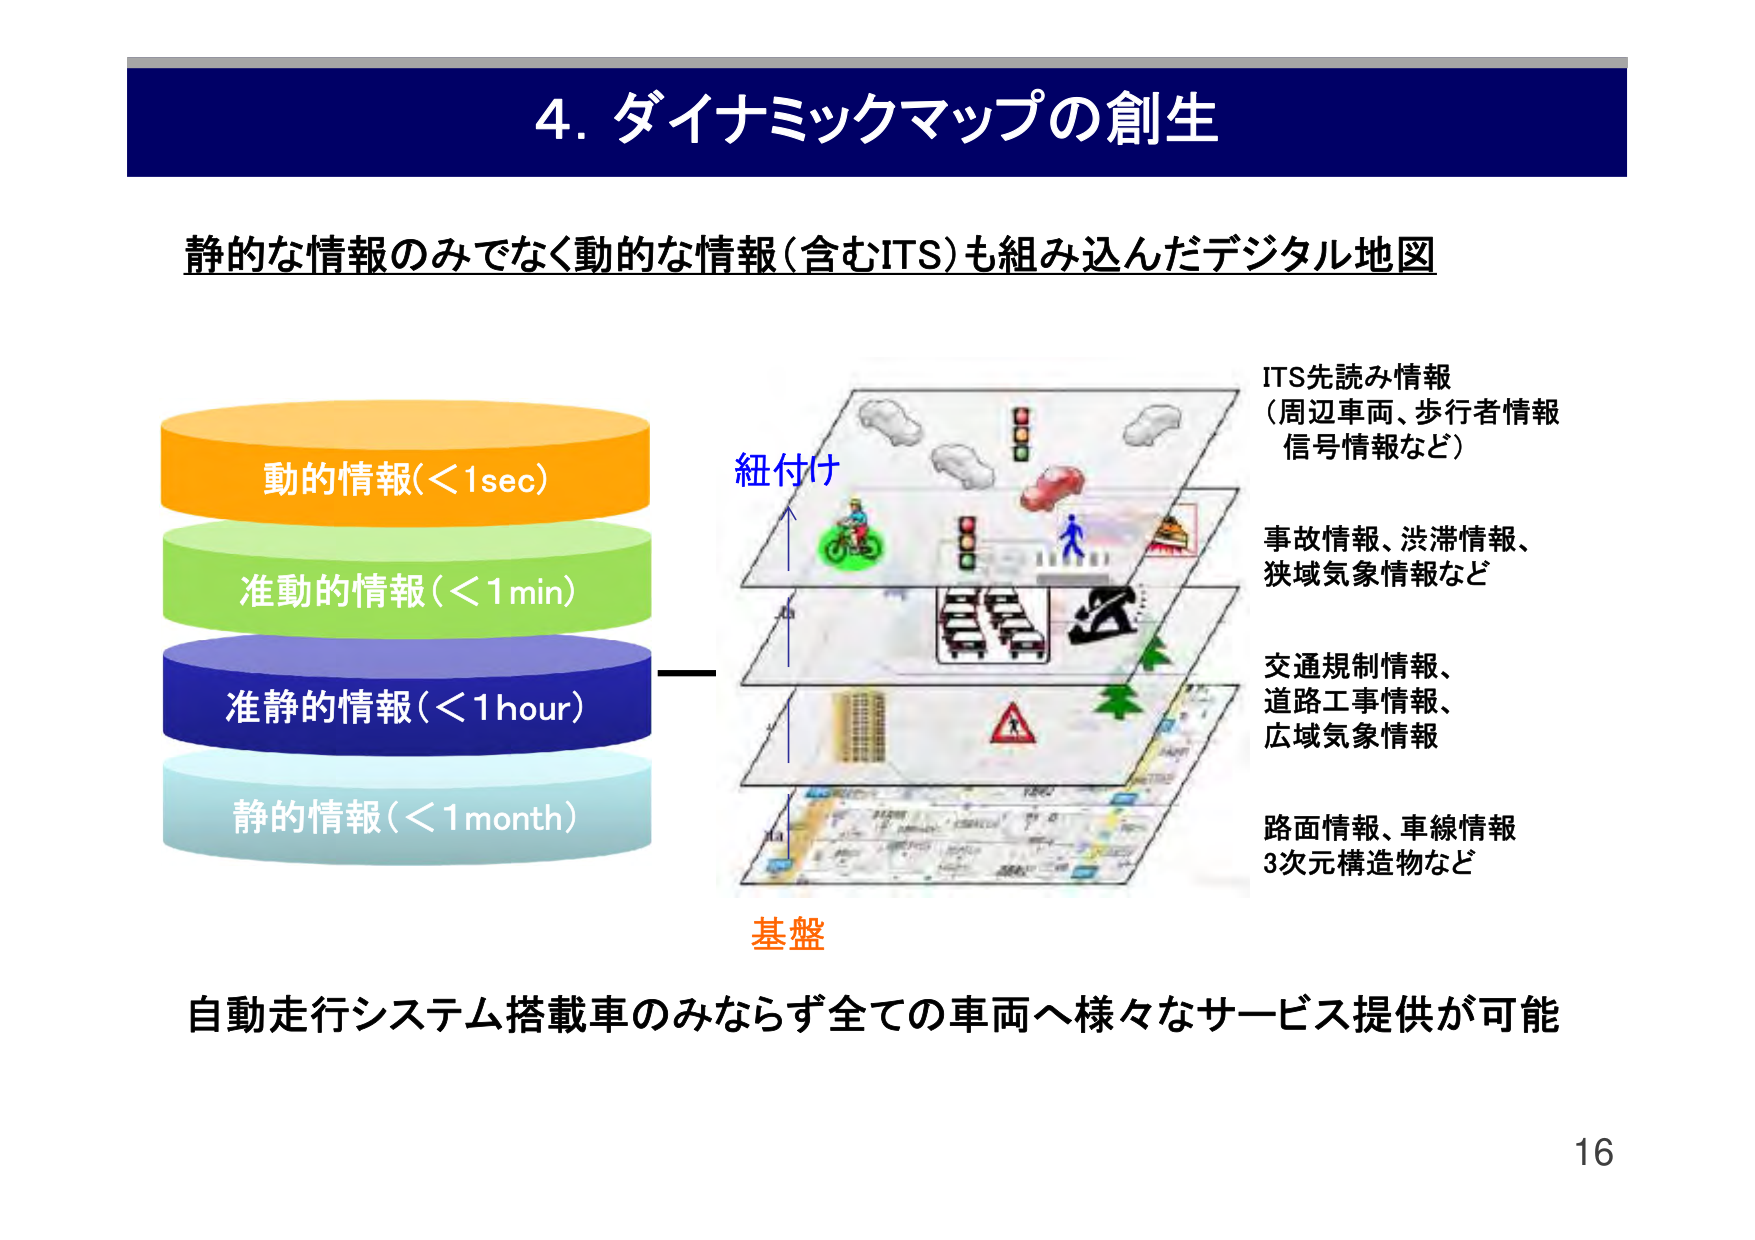
4. ダイナミックマップの創生

静的な情報のみでなく動的な情報（含むITS）も組み込んだデジタル地図

動的情報（＜1sec）
準動的情報（＜1min）
準静的情報（＜1hour）
静的情報（＜1month）

紐付け

ITS先読み情報
（周辺車両、歩行者情報
信号情報など）

事故情報、渋滞情報、
狭域気象情報など

交通規制情報、
道路工事情報、
広域気象情報

路面情報、車線情報
3次元構造物など

基盤

自動走行システム搭載車のみならず全ての車両へ様々なサービス提供が可能

16